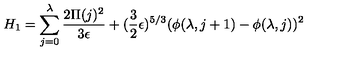
H _ { 1 } = \sum _ { j = 0 } ^ { \lambda } { \frac { 2 \Pi ( j ) ^ { 2 } } { 3 \epsilon } } + ( { \frac { 3 } { 2 } } \epsilon ) ^ { 5 / 3 } ( \phi ( \lambda , j + 1 ) - \phi ( \lambda , j ) ) ^ { 2 }